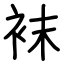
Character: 袜